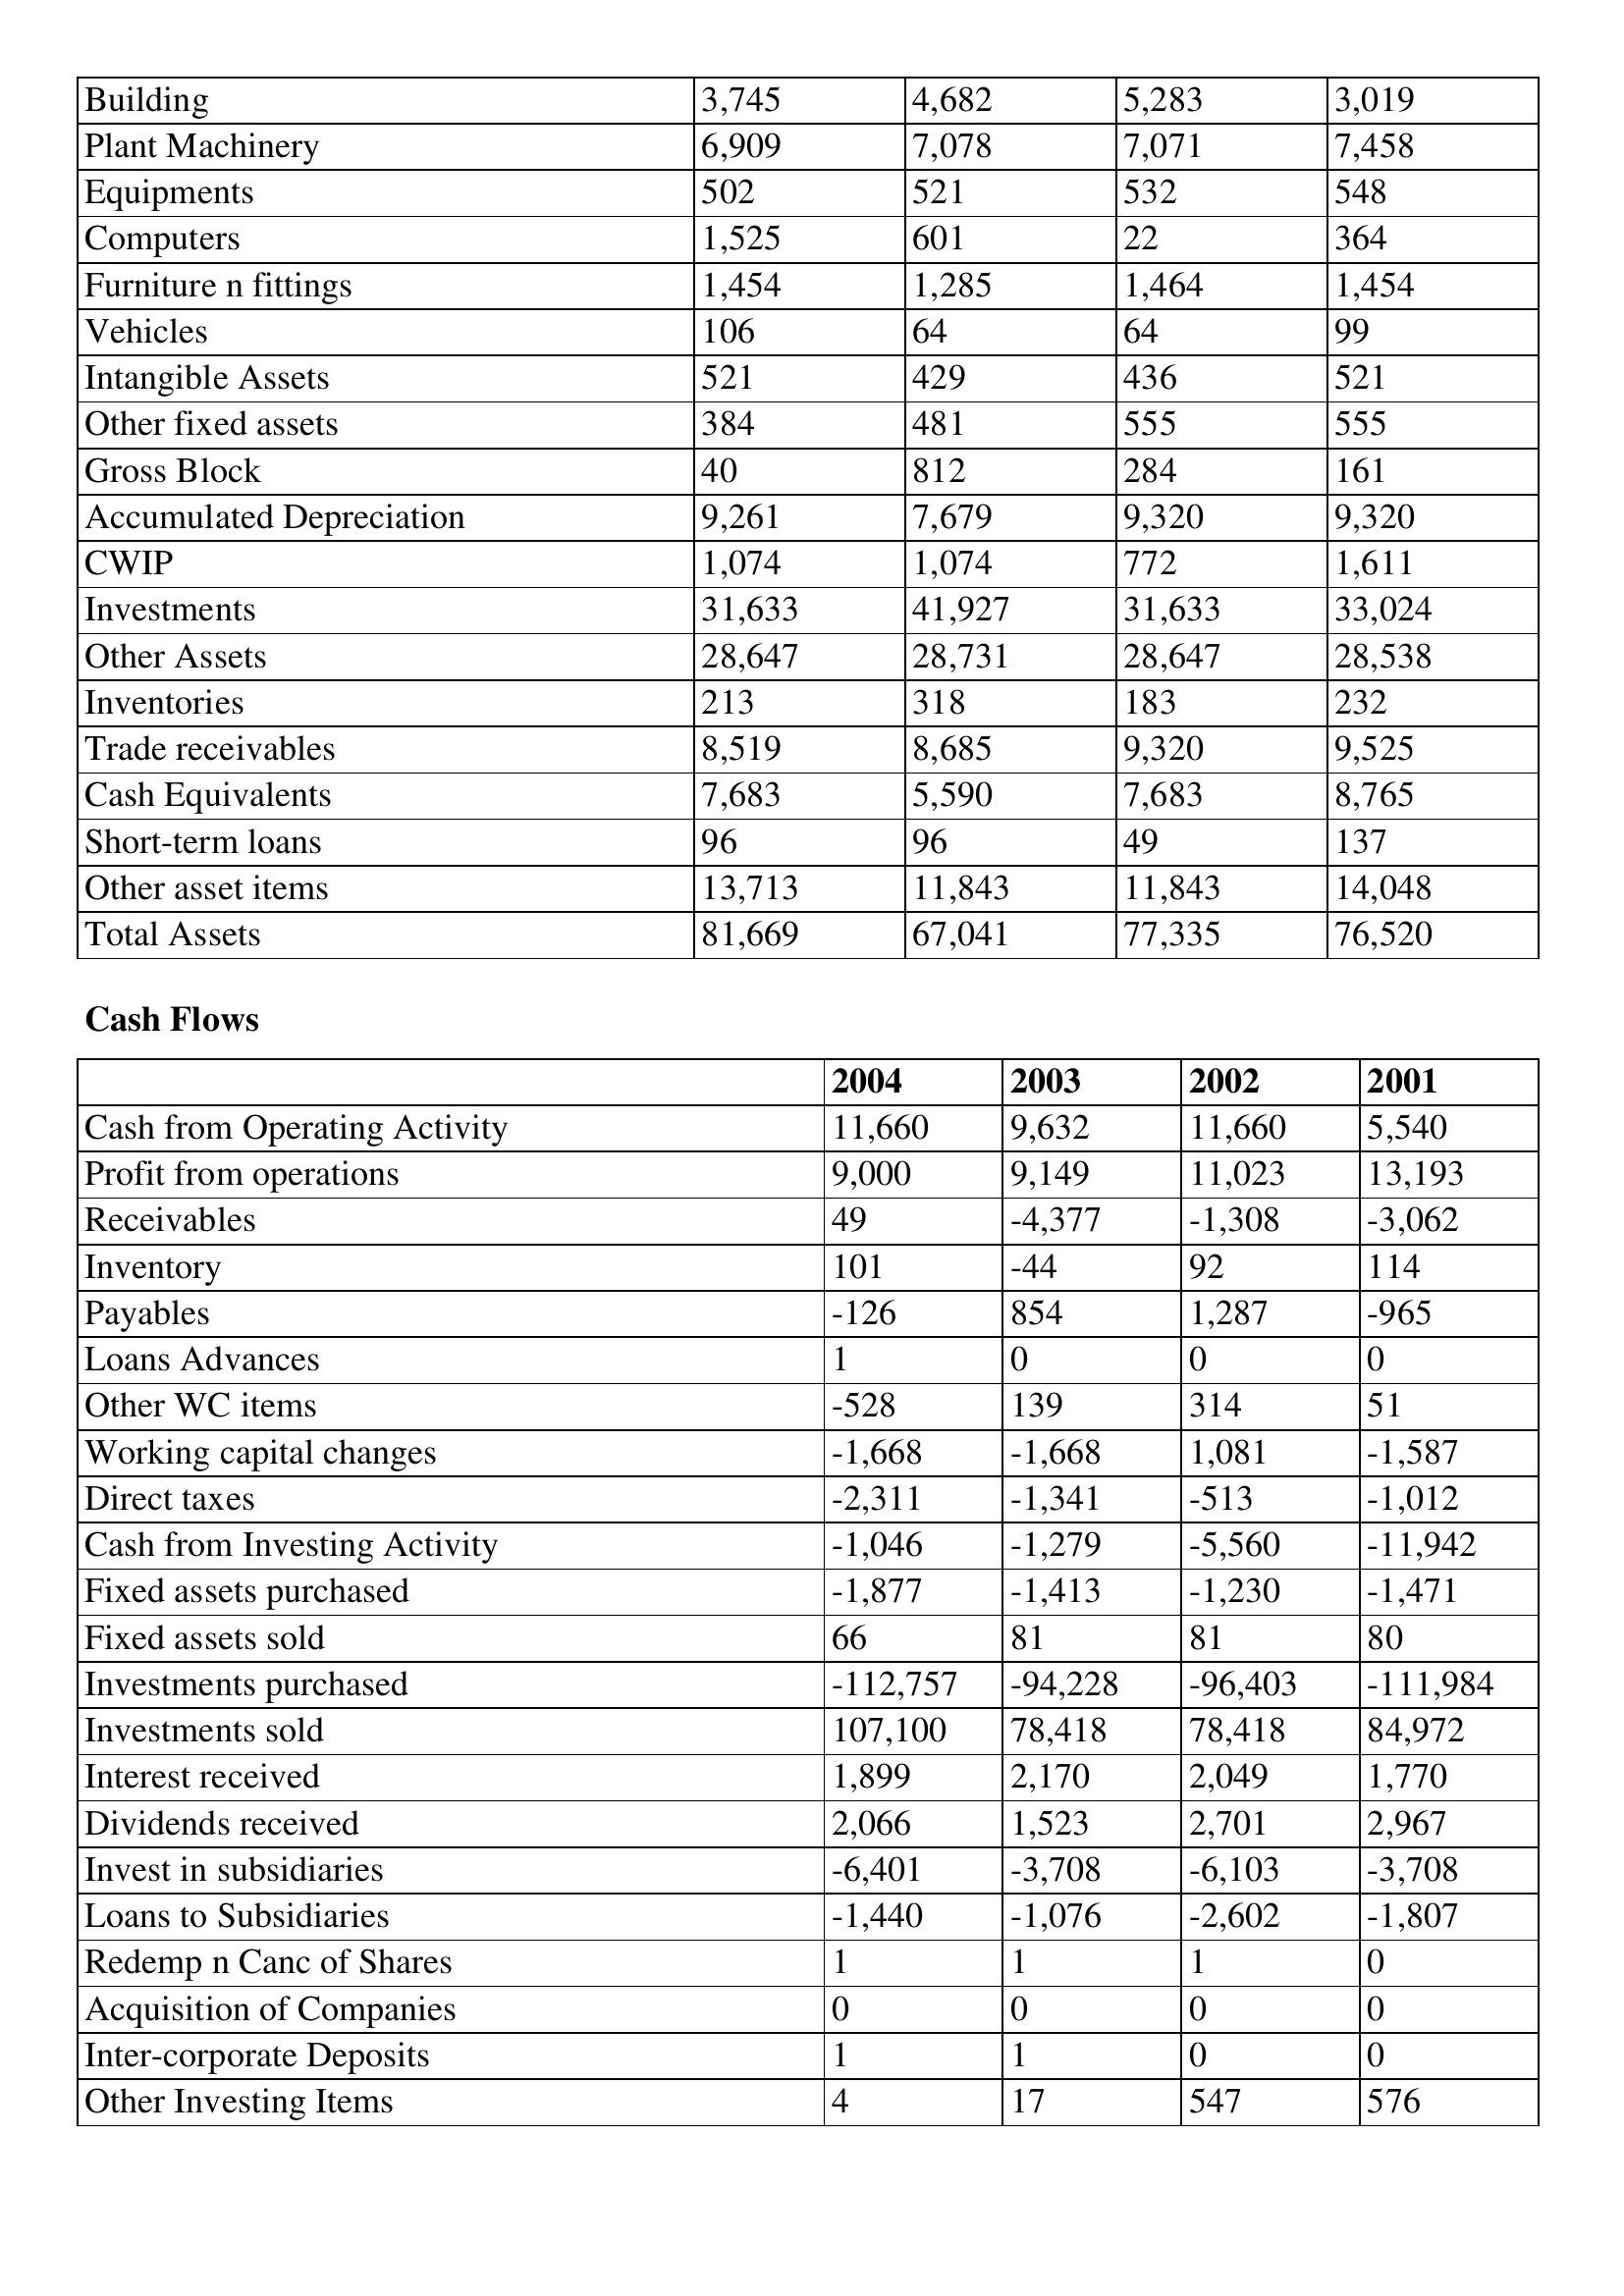
gt_parse: 2004: Balance Sheet: Building: 3,745
Plant Machinery: 6,909
Equipments: 502
Computers: 1,525
Furniture n fittings: 1,454
Vehicles: 106
Intangible Assets: 521
Other fixed assets: 384
Gross Block: 40
Accumulated Depreciation: 9,261
CWIP: 1,074
Investments: 31,633
Other Assets: 28,647
Inventories: 213
Trade receivables: 8,519
Cash Equivalents: 7,683
Short-term loans: 96
Other asset items: 13,713
Total Assets: 81,669
Cash Flows: Cash from Operating Activity: 11,660
Profit from operations: 9,000
Receivables: 49
Inventory: 101
Payables: -126
Loans Advances: 1
Other WC items: -528
Working capital changes: -1,668
Direct taxes: -2,311
Cash from Investing Activity: -1,046
Fixed assets purchased: -1,877
Fixed assets sold: 66
Investments purchased: -112,757
Investments sold: 107,100
Interest received: 1,899
Dividends received: 2,066
Invest in subsidiaries: -6,401
Loans to Subsidiaries: -1,440
Redemp n Canc of Shares: 1
Acquisition of Companies: 0
Inter-corporate Deposits: 1
Other Investing Items: 4
2003: Balance Sheet: Building: 4,682
Plant Machinery: 7,078
Equipments: 521
Computers: 601
Furniture n fittings: 1,285
Vehicles: 64
Intangible Assets: 429
Other fixed assets: 481
Gross Block: 812
Accumulated Depreciation: 7,679
CWIP: 1,074
Investments: 41,927
Other Assets: 28,731
Inventories: 318
Trade receivables: 8,685
Cash Equivalents: 5,590
Short-term loans: 96
Other asset items: 11,843
Total Assets: 67,041
Cash Flows: Cash from Operating Activity: 9,632
Profit from operations: 9,149
Receivables: -4,377
Inventory: -44
Payables: 854
Loans Advances: 0
Other WC items: 139
Working capital changes: -1,668
Direct taxes: -1,341
Cash from Investing Activity: -1,279
Fixed assets purchased: -1,413
Fixed assets sold: 81
Investments purchased: -94,228
Investments sold: 78,418
Interest received: 2,170
Dividends received: 1,523
Invest in subsidiaries: -3,708
Loans to Subsidiaries: -1,076
Redemp n Canc of Shares: 1
Acquisition of Companies: 0
Inter-corporate Deposits: 1
Other Investing Items: 17
2002: Balance Sheet: Building: 5,283
Plant Machinery: 7,071
Equipments: 532
Computers: 22
Furniture n fittings: 1,464
Vehicles: 64
Intangible Assets: 436
Other fixed assets: 555
Gross Block: 284
Accumulated Depreciation: 9,320
CWIP: 772
Investments: 31,633
Other Assets: 28,647
Inventories: 183
Trade receivables: 9,320
Cash Equivalents: 7,683
Short-term loans: 49
Other asset items: 11,843
Total Assets: 77,335
Cash Flows: Cash from Operating Activity: 11,660
Profit from operations: 11,023
Receivables: -1,308
Inventory: 92
Payables: 1,287
Loans Advances: 0
Other WC items: 314
Working capital changes: 1,081
Direct taxes: -513
Cash from Investing Activity: -5,560
Fixed assets purchased: -1,230
Fixed assets sold: 81
Investments purchased: -96,403
Investments sold: 78,418
Interest received: 2,049
Dividends received: 2,701
Invest in subsidiaries: -6,103
Loans to Subsidiaries: -2,602
Redemp n Canc of Shares: 1
Acquisition of Companies: 0
Inter-corporate Deposits: 0
Other Investing Items: 547
2001: Balance Sheet: Building: 3,019
Plant Machinery: 7,458
Equipments: 548
Computers: 364
Furniture n fittings: 1,454
Vehicles: 99
Intangible Assets: 521
Other fixed assets: 555
Gross Block: 161
Accumulated Depreciation: 9,320
CWIP: 1,611
Investments: 33,024
Other Assets: 28,538
Inventories: 232
Trade receivables: 9,525
Cash Equivalents: 8,765
Short-term loans: 137
Other asset items: 14,048
Total Assets: 76,520
Cash Flows: Cash from Operating Activity: 5,540
Profit from operations: 13,193
Receivables: -3,062
Inventory: 114
Payables: -965
Loans Advances: 0
Other WC items: 51
Working capital changes: -1,587
Direct taxes: -1,012
Cash from Investing Activity: -11,942
Fixed assets purchased: -1,471
Fixed assets sold: 80
Investments purchased: -111,984
Investments sold: 84,972
Interest received: 1,770
Dividends received: 2,967
Invest in subsidiaries: -3,708
Loans to Subsidiaries: -1,807
Redemp n Canc of Shares: 0
Acquisition of Companies: 0
Inter-corporate Deposits: 0
Other Investing Items: 576